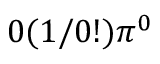
0 ( 1 / 0 ! ) \pi ^ { 0 }